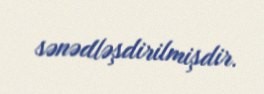
sənədləşdirilmişdir.